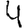
Digit: 4